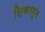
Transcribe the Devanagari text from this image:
शिकरपूर